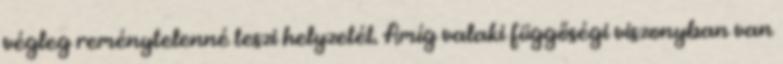
végleg reménytelenné teszi helyzetét. Amíg valaki függőségi viszonyban van